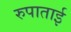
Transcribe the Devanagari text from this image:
रुपाताई